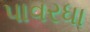
પાવરધા